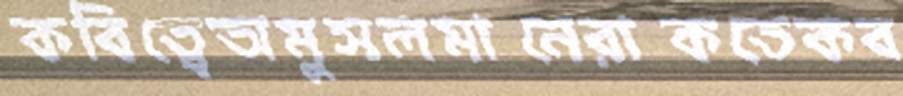
কবিত্বেঅমুসলমানেরাকতেকব